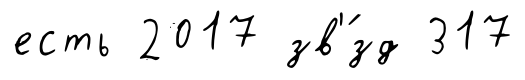
есть 2017 зв'́зд 317